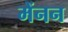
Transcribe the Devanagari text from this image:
मेंनन